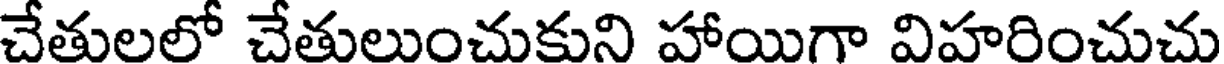
చేతులలో చేతులుంచుకుని హాయిగా విహరించుచు